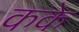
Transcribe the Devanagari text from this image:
कके